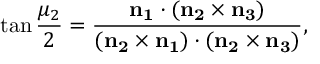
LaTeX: \tan { \frac { \mu _ { 2 } } 2 } = \frac { \bf { n } _ { 1 } \cdot ( \bf { n } _ { 2 } \times \bf { n } _ { 3 } ) } { ( \bf { n } _ { 2 } \times \bf { n } _ { 1 } ) \cdot ( \bf { n } _ { 2 } \times \bf { n } _ { 3 } ) } ,